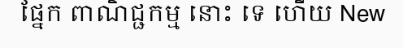
ផ្នែក ពាណិជ្ជកម្ម នោះ ទេ ហើយ New